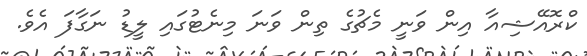
ކްރޮއޭޝިއާ އިން ވަނީ މެޗުގެ ތިން ވަނަ މިނެޓުގައި ލީޑު ނަގާފަ އެވެ.